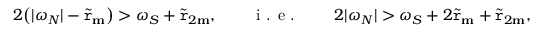
2 \big ( | \omega _ { N } | - \widetilde { \mathtt { r } } _ { \mathbf { m } } \big ) > \omega _ { S } + \widetilde { \mathtt { r } } _ { 2 \mathbf { m } } , \qquad \textnormal { i . e . } \qquad 2 | \omega _ { N } | > \omega _ { S } + 2 \widetilde { \mathtt { r } } _ { \mathbf { m } } + \widetilde { \mathtt { r } } _ { 2 \mathbf { m } } ,